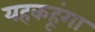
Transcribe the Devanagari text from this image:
यहकहूंगा